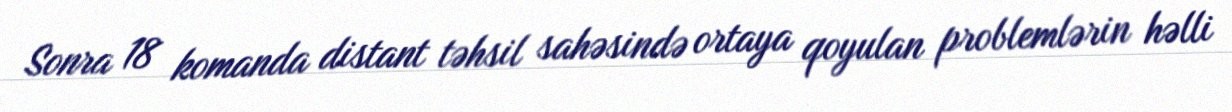
Sonra 18 komanda distant təhsil sahəsində ortaya qoyulan problemlərin həlli